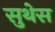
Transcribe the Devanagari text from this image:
सुथेस